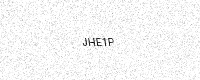
Text: JHE1P